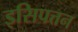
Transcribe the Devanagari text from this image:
इसिपत्तन